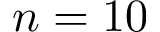
n = 1 0